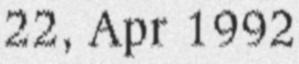
22, Apr 1992